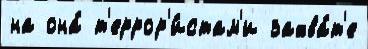
на она́ т'еррор'и́стам'и захва́т'е